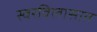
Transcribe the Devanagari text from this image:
स्वरविलासात